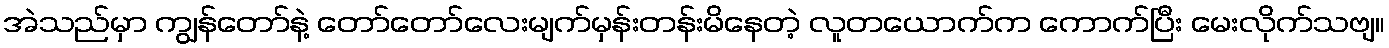
အဲသည်မှာ ကျွန်တော်နဲ့ တော်တော်လေးမျက်မှန်းတန်းမိနေတဲ့ လူတယောက်က ကောက်ပြီး မေးလိုက်သဗျ။